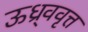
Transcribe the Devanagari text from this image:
ऊध्र्ववृत्त